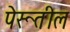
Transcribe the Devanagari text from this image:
पेरूतील